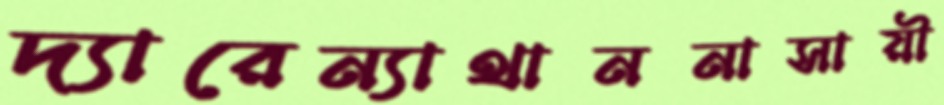
দ্যারেন্যাথাননাসায়ী